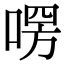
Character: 㗄